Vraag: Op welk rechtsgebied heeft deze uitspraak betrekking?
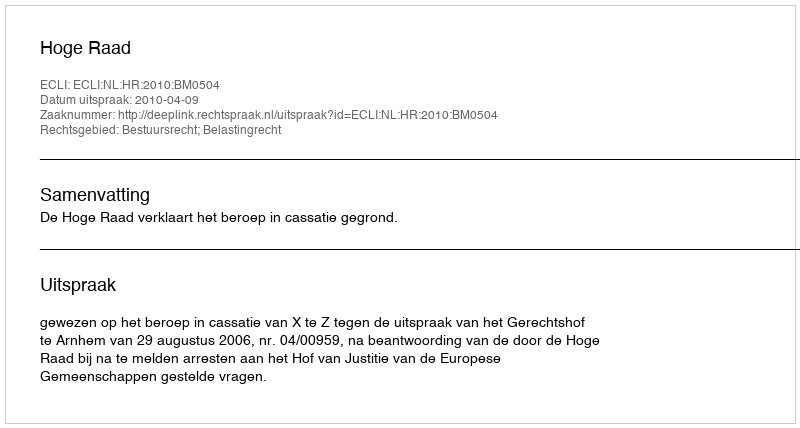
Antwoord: Bestuursrecht; Belastingrecht